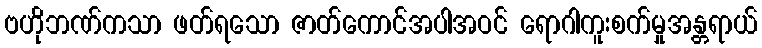
ဗဟိုဘဏ်ကသာ ဖတ်ရသော ဇာတ်ကောင်အပါအဝင် ရောဂါကူးစက်မှုအန္တရာယ်